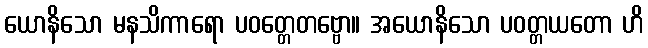
ယောနိသော မနသိကာရော ပဝတ္တေတဗ္ဗော။ အယောနိသော ပဝတ္တယတော ဟိ